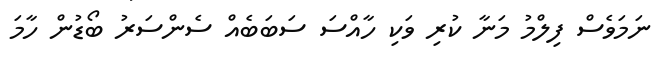
ނަމަވެސް ފިލްމު މަނާ ކުރި ވަކި ހާއްސަ ސަބަބެއް ސެންސަރު ބޯޑުން ހާމަ